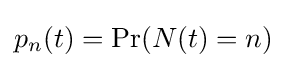
p_{n}(t)=\Pr(N(t)=n)